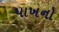
પાખનો